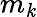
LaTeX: m_{\mathit{k}}